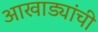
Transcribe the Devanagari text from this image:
आखाड्यांची